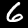
Digit: 6